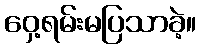
ဝှေ့ရမ်းမပြသာခဲ့။